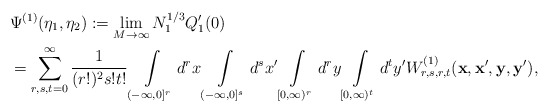
\begin{align*}&\Psi^{(1)}(\eta_1,\eta_2):=\lim_{M\to\infty} N_1^{1/3}Q_1'(0)\\&=\sum\limits_{r,s,t=0}^\infty\frac 1{(r!)^2s!t!}\int\limits_{(-\infty,0]^r}d^rx\int\limits_{(-\infty,0]^s}d^sx'\int\limits_{[0,\infty)^r}d^ry\int\limits_{[0,\infty)^t}d^ty' W_{r,s,r,t}^{(1)}(\mathbf{x},\mathbf{x'},\mathbf{y},\mathbf{y'}),\end{align*}